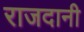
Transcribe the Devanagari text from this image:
राजदानी